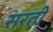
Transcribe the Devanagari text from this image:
सरती